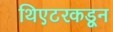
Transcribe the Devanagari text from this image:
थिएटरकडून